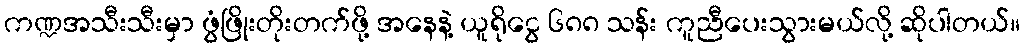
ကဏ္ဍအသီးသီးမှာ ဖွံဖြိုးတိုးတက်ဖို့ အနေနဲ့ ယူရိုငွေ ၆၈၈ သန်း ကူညီပေးသွားမယ်လို့ ဆိုပါတယ်။